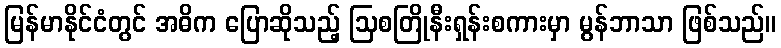
မြန်မာနိုင်ငံတွင် အဓိက ပြောဆိုသည့် ဩစတြိုနီးရှန်းစကားမှာ မွန်ဘာသာ ဖြစ်သည်။